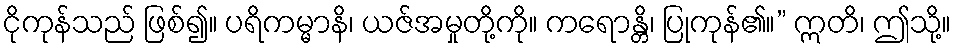
ငိုကုန်သည် ဖြစ်၍။ ပရိကမ္မာနိ၊ ယဇ်အမှုတို့ကို။ ကရောန္တိ၊ ပြုကုန်၏။” ဣတိ၊ ဤသို့။